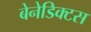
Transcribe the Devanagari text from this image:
बेनेडिक्टस